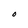
Character: O